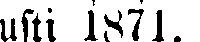
gusti 1871.